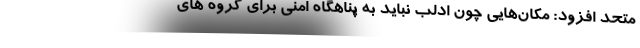
متحد افزود: مکان‌هایی چون ادلب نباید به پناهگاه امنی برای گروه های